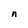
Character: n